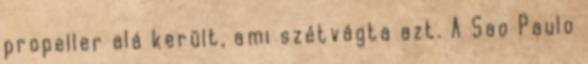
propeller alá került, ami szétvágta azt. A Sao Paulo